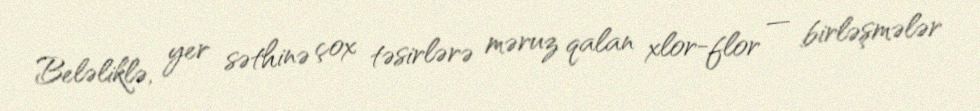
Beləliklə, yer səthinə çox təsirlərə məruz qalan xlor-flor — birləşmələr